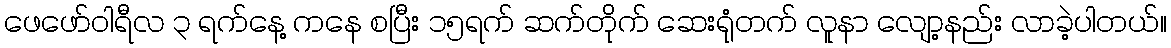
ဖေဖော်ဝါရီလ ၃ ရက်နေ့ ကနေ စပြီး ၁၅ရက် ဆက်တိုက် ဆေးရုံတက် လူနာ လျော့နည်း လာခဲ့ပါတယ်။